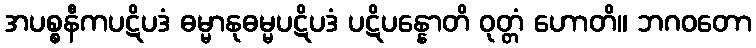
အပစ္စနီကပဋိပဒံ ဓမ္မာနုဓမ္မပဋိပဒံ ပဋိပန္နောတိ ဝုတ္တံ ဟောတိ။ ဘဂဝတော